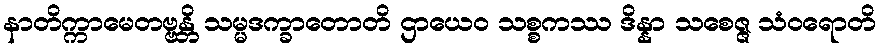
နာတိက္ကာမေတဗ္ဗန္တိ သမ္မဒက္ခာတောတိ ဌာယေဝ သစ္စကဿ ဒိန္နာ သစေဇ္ဇ သံဝရောတိ